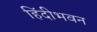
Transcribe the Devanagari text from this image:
हिंदीभवन